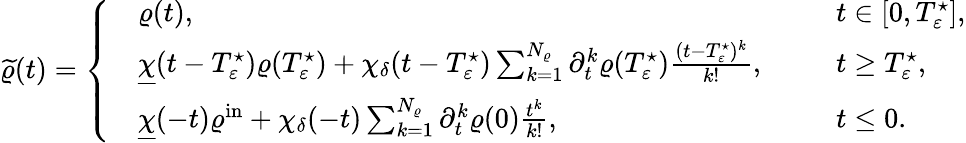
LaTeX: \begin{array}{r}{\widetilde{\varrho}(t)=\left\{ \begin{array}{rlrl}&{\varrho(t),\ \ }&&{t\in[0,T_{\varepsilon}^{\star}],}\\ &{\underline{{\chi}}(t-T_{\varepsilon}^{\star})\varrho(T_{\varepsilon}^{\star})+\chi_{\delta}(t-T_{\varepsilon}^{\star})\sum_{k=1}^{N_{\varrho}}\partial_{t}^{k}\varrho(T_{\varepsilon}^{\star})\frac{(t-T_{\varepsilon}^{\star})^{k}}{k!},\ \ }&&{t\geq T_{\varepsilon}^{\star},}\\ &{\underline{{\chi}}(-t)\varrho^{\mathrm{in}}+\chi_{\delta}(-t)\sum_{k=1}^{N_{\varrho}}\partial_{t}^{k}\varrho(0)\frac{t^{k}}{k!},\ \ }&&{t\leq 0.}\end{array}\right.}\end{array}